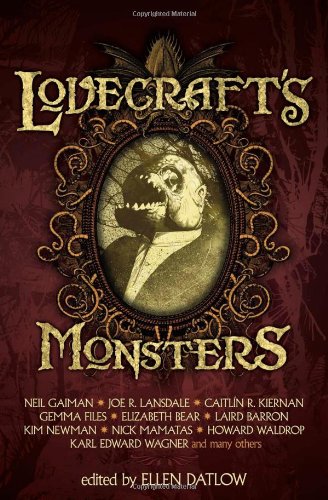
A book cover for Lovecraft's Monsters; Neil Gaiman; Science Fiction & Fantasy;